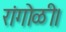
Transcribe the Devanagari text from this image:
रांगोळी।